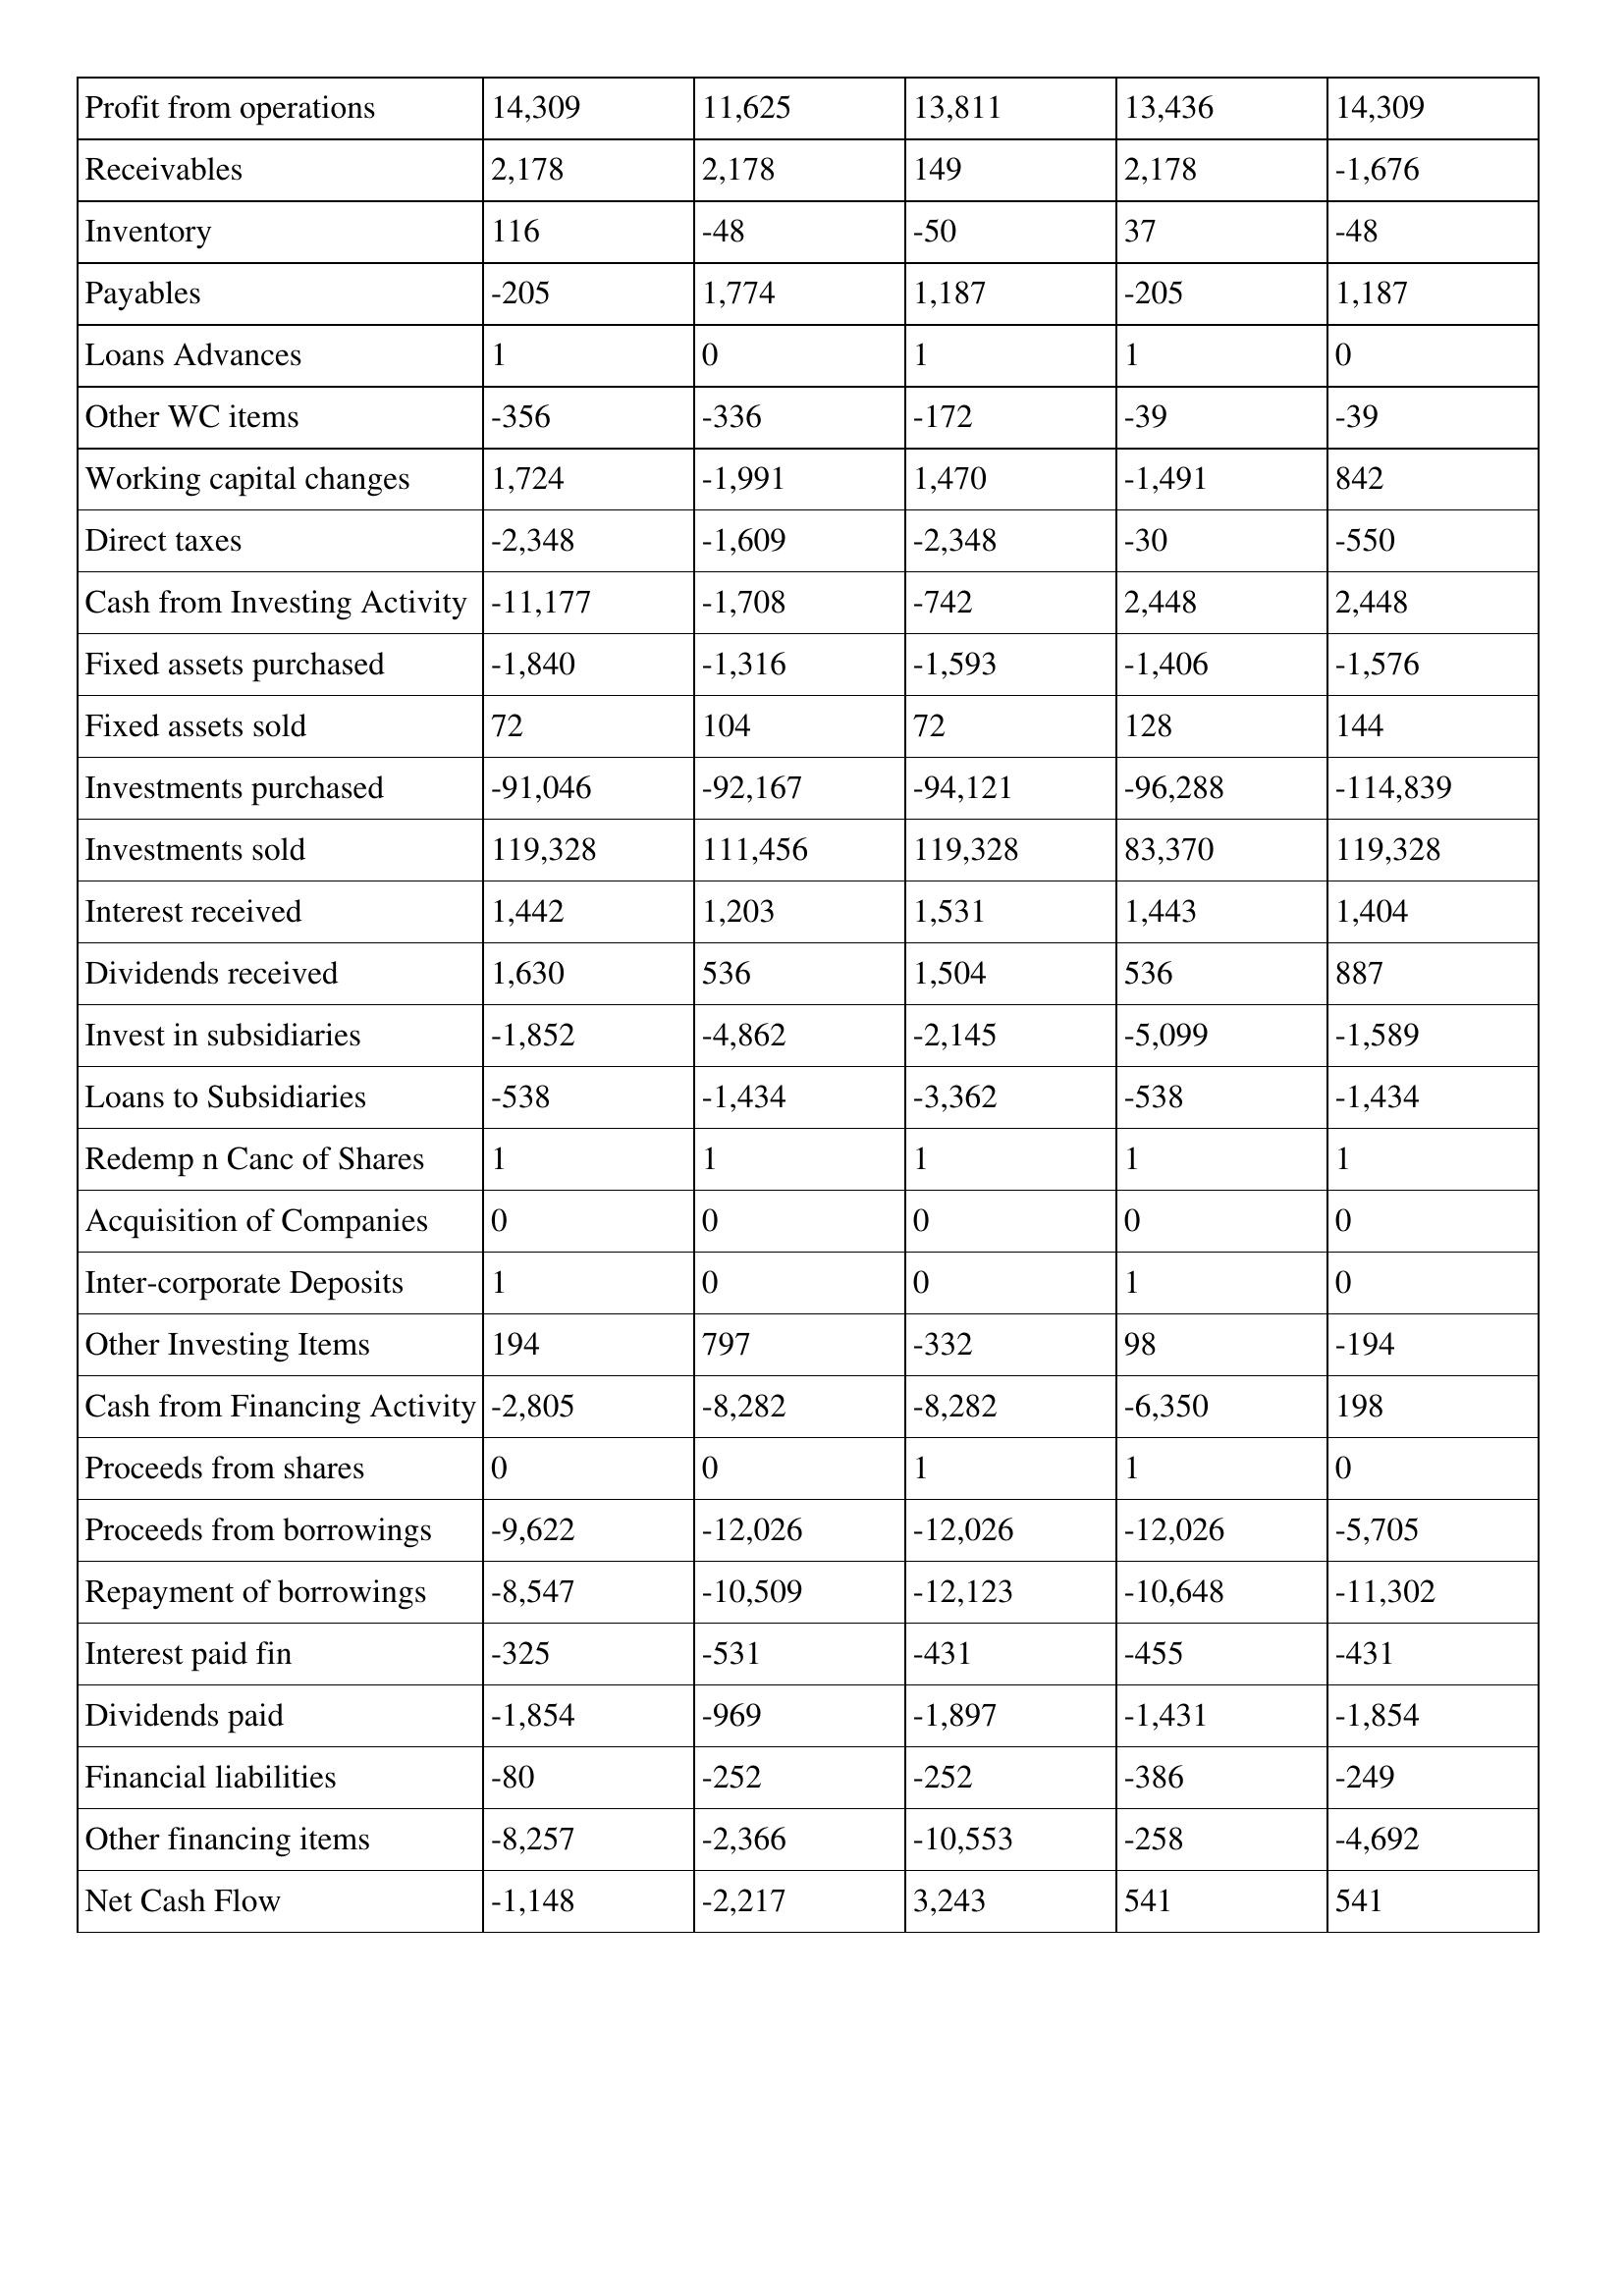
gt_parse: 2011: Cash Flows: Profit from operations: 14,309
Receivables: 2,178
Inventory: 116
Payables: -205
Loans Advances: 1
Other WC items: -356
Working capital changes: 1,724
Direct taxes: -2,348
Cash from Investing Activity: -11,177
Fixed assets purchased: -1,840
Fixed assets sold: 72
Investments purchased: -91,046
Investments sold: 119,328
Interest received: 1,442
Dividends received: 1,630
Invest in subsidiaries: -1,852
Loans to Subsidiaries: -538
Redemp n Canc of Shares: 1
Acquisition of Companies: 0
Inter-corporate Deposits: 1
Other Investing Items: 194
Cash from Financing Activity: -2,805
Proceeds from shares: 0
Proceeds from borrowings: -9,622
Repayment of borrowings: -8,547
Interest paid fin: -325
Dividends paid: -1,854
Financial liabilities: -80
Other financing items: -8,257
Net Cash Flow: -1,148
2010: Cash Flows: Profit from operations: 11,625
Receivables: 2,178
Inventory: -48
Payables: 1,774
Loans Advances: 0
Other WC items: -336
Working capital changes: -1,991
Direct taxes: -1,609
Cash from Investing Activity: -1,708
Fixed assets purchased: -1,316
Fixed assets sold: 104
Investments purchased: -92,167
Investments sold: 111,456
Interest received: 1,203
Dividends received: 536
Invest in subsidiaries: -4,862
Loans to Subsidiaries: -1,434
Redemp n Canc of Shares: 1
Acquisition of Companies: 0
Inter-corporate Deposits: 0
Other Investing Items: 797
Cash from Financing Activity: -8,282
Proceeds from shares: 0
Proceeds from borrowings: -12,026
Repayment of borrowings: -10,509
Interest paid fin: -531
Dividends paid: -969
Financial liabilities: -252
Other financing items: -2,366
Net Cash Flow: -2,217
2009: Cash Flows: Profit from operations: 13,811
Receivables: 149
Inventory: -50
Payables: 1,187
Loans Advances: 1
Other WC items: -172
Working capital changes: 1,470
Direct taxes: -2,348
Cash from Investing Activity: -742
Fixed assets purchased: -1,593
Fixed assets sold: 72
Investments purchased: -94,121
Investments sold: 119,328
Interest received: 1,531
Dividends received: 1,504
Invest in subsidiaries: -2,145
Loans to Subsidiaries: -3,362
Redemp n Canc of Shares: 1
Acquisition of Companies: 0
Inter-corporate Deposits: 0
Other Investing Items: -332
Cash from Financing Activity: -8,282
Proceeds from shares: 1
Proceeds from borrowings: -12,026
Repayment of borrowings: -12,123
Interest paid fin: -431
Dividends paid: -1,897
Financial liabilities: -252
Other financing items: -10,553
Net Cash Flow: 3,243
2008: Cash Flows: Profit from operations: 13,436
Receivables: 2,178
Inventory: 37
Payables: -205
Loans Advances: 1
Other WC items: -39
Working capital changes: -1,491
Direct taxes: -30
Cash from Investing Activity: 2,448
Fixed assets purchased: -1,406
Fixed assets sold: 128
Investments purchased: -96,288
Investments sold: 83,370
Interest received: 1,443
Dividends received: 536
Invest in subsidiaries: -5,099
Loans to Subsidiaries: -538
Redemp n Canc of Shares: 1
Acquisition of Companies: 0
Inter-corporate Deposits: 1
Other Investing Items: 98
Cash from Financing Activity: -6,350
Proceeds from shares: 1
Proceeds from borrowings: -12,026
Repayment of borrowings: -10,648
Interest paid fin: -455
Dividends paid: -1,431
Financial liabilities: -386
Other financing items: -258
Net Cash Flow: 541
2007: Cash Flows: Profit from operations: 14,309
Receivables: -1,676
Inventory: -48
Payables: 1,187
Loans Advances: 0
Other WC items: -39
Working capital changes: 842
Direct taxes: -550
Cash from Investing Activity: 2,448
Fixed assets purchased: -1,576
Fixed assets sold: 144
Investments purchased: -114,839
Investments sold: 119,328
Interest received: 1,404
Dividends received: 887
Invest in subsidiaries: -1,589
Loans to Subsidiaries: -1,434
Redemp n Canc of Shares: 1
Acquisition of Companies: 0
Inter-corporate Deposits: 0
Other Investing Items: -194
Cash from Financing Activity: 198
Proceeds from shares: 0
Proceeds from borrowings: -5,705
Repayment of borrowings: -11,302
Interest paid fin: -431
Dividends paid: -1,854
Financial liabilities: -249
Other financing items: -4,692
Net Cash Flow: 541